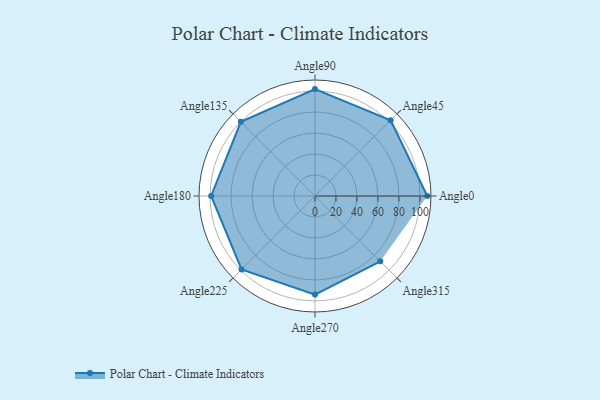
{"axis": {"x": "Angle", "y": "Radius"}, "legend": [""], "data": [{"x": "Angle0", "y": 107.0, "type": ""}, {"x": "Angle45", "y": 102.0, "type": ""}, {"x": "Angle90", "y": 102.0, "type": ""}, {"x": "Angle135", "y": 100.0, "type": ""}, {"x": "Angle180", "y": 99.0, "type": ""}, {"x": "Angle225", "y": 99.0, "type": ""}, {"x": "Angle270", "y": 94.0, "type": ""}, {"x": "Angle315", "y": 88.0, "type": ""}]}